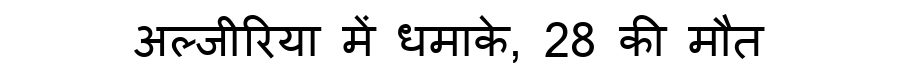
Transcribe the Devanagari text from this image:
अल्जीरिया में धमाके, 28 की मौत